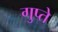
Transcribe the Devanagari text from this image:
गुप्‍ते